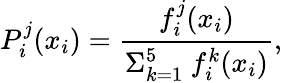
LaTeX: P_{i}^{j}(x_{i})=\frac{f_{i}^{j}(x_{i})}{\Sigma_{k=1}^{5}\ f_{i}^{k}(x_{i})},